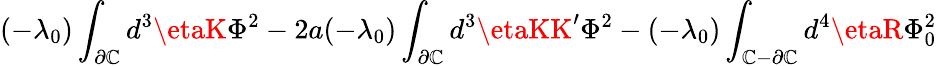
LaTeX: (-\lambda_{0})\int_{\partial\mathbb{C}}d^{3}\etaK\Phi^{2}-2a(-\lambda_{0})\int_{\partial\mathbb{C}}d^{3}\etaKK^{\prime}\Phi^{2}-(-\lambda_{0})\int_{\mathbb{C}-\partial\mathbb{C}}d^{4}\etaR\Phi_{0}^{2}